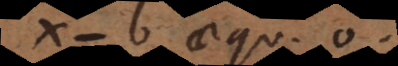
b aequ. 0,